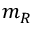
m _ { R }